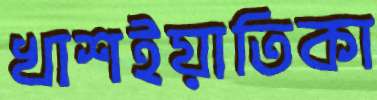
খাশইয়াতিকা